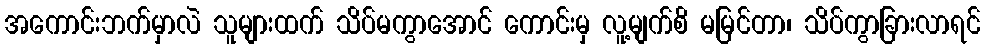
အကောင်းဘက်မှာလဲ သူများထက် သိပ်မကွာအောင် ကောင်းမှ လူ့မျက်စိ မမြင်တာ၊ သိပ်ကွာခြားလာရင်